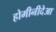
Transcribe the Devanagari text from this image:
होमीनीदेआ